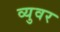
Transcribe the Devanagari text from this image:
व्युवर